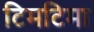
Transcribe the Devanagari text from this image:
टिमटिमा